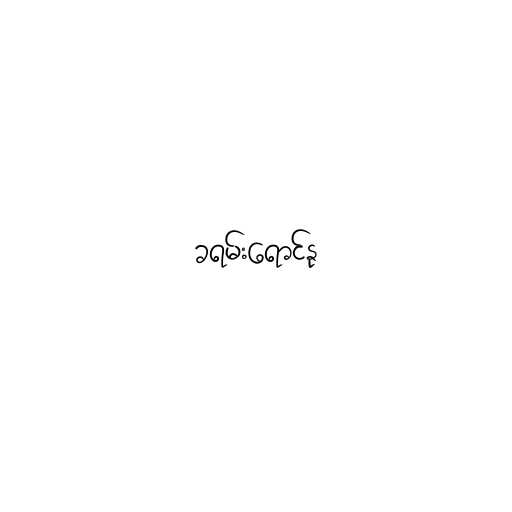
ခရမ်းရောင်နု